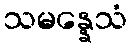
သမန္နေသံ